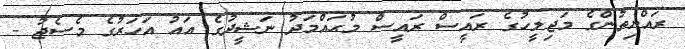
ރައްޔިތުންގެ މަޖިލީހުގެ ރައީސް ރައީސް މުޙައްމަދު ނަޝީދުގެ އައު އަހަރުގެ މެސެޖު -